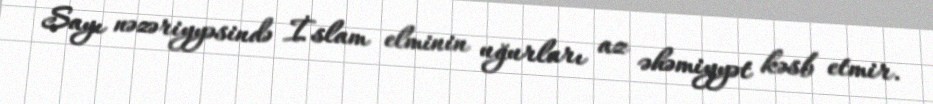
Sayı nəzəriyyəsində İslam elminin uğurları az əhəmiyyət kəsb etmir.